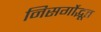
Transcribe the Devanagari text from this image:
निसर्गोद्भूत